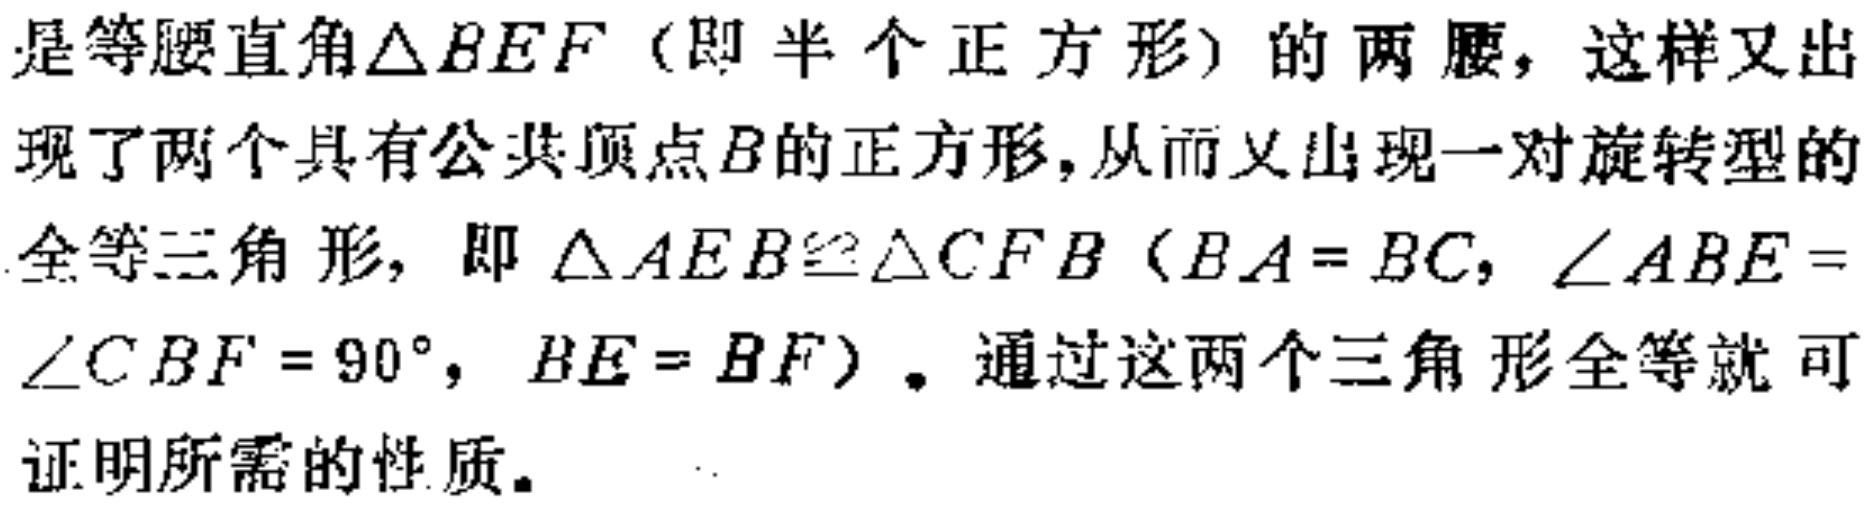
是等腰直角$\triangle BEF$（即半个正方形）的两腰，这样又出现了两个具有公共顶点$B$的正方形，从而又出现一对旋转型的全等三角形，即$\triangle AEB\cong\triangle CFB$（$BA = BC$，$\angle ABE = \angle CBF = 90^{\circ}$，$BE = BF$）。通过这两个三角形全等就可证明所需的性质。